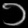
Digit: ၁